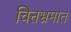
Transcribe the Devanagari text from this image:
चित्तभ्रमात